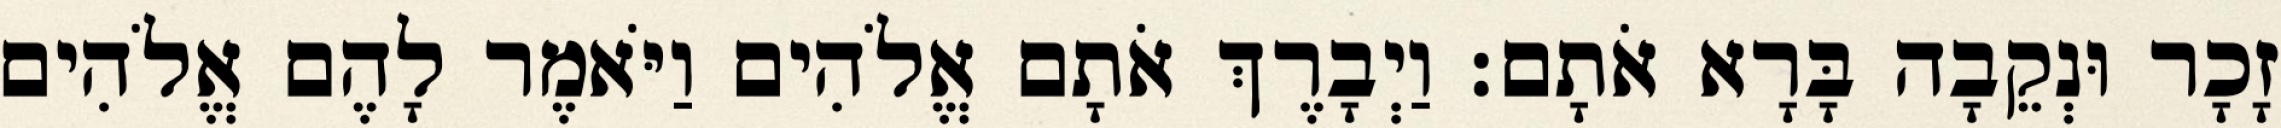
זָכָר וּנְקֵבָה בָּרָא אֹתָם׃ וַיְבָרֶךְ אֹתָם אֱלֹהִים וַיֹּאמֶר לָהֶם אֱלֹהִים